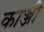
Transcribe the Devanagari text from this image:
काञ्जी